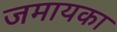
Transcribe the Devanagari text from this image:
जमायका